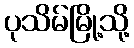
ပုသိမ်မြို့သို့